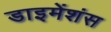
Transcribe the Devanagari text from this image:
डाइमेंशंस